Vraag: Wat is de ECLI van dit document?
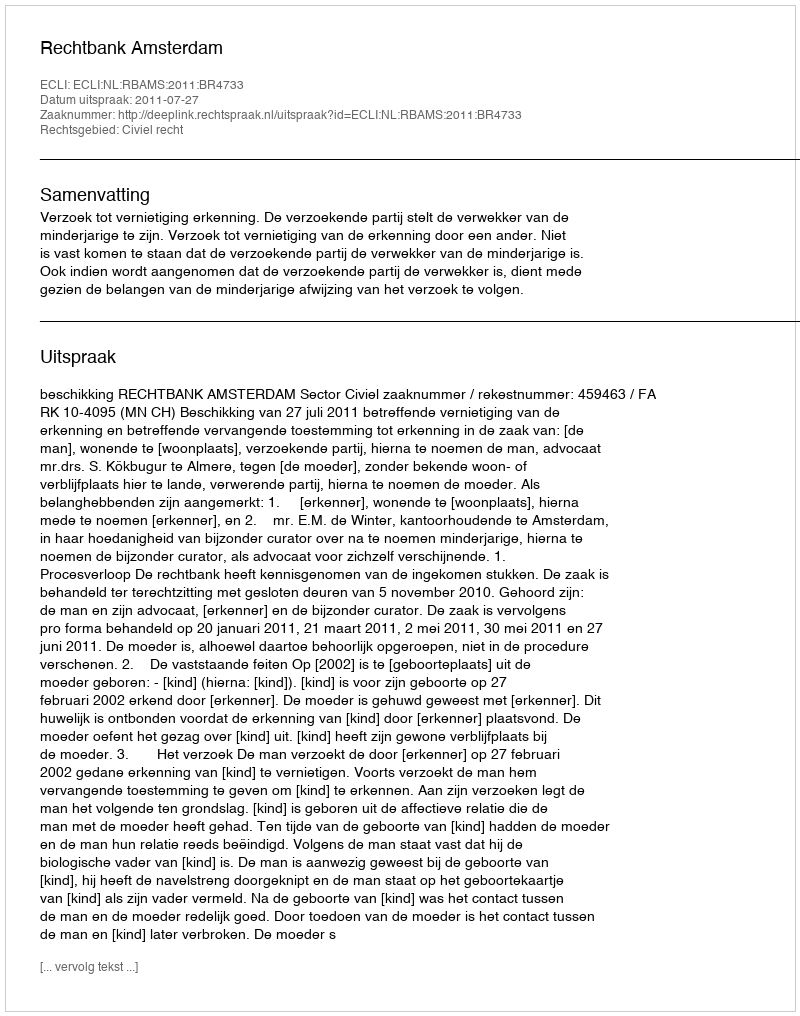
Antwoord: ECLI:NL:RBAMS:2011:BR4733